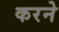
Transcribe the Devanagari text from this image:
करनेे